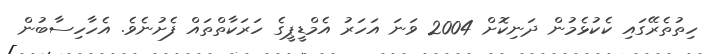
ހިތުތެރޭގައި ކެކުޅެމުން ދަނިކޮށް 2004 ވަނަ އަހަރު އެމްޑީޕީގެ ހަރަކާތްތައް ފެށުނެވެ. އެހާހިސާބުން